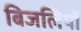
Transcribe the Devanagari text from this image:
बिजलियों